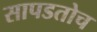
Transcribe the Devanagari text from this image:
सापडतोच